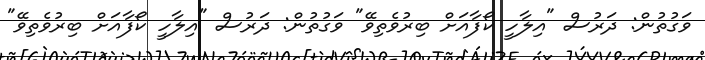
ވަގުތުން: ދަރުސް "އިލާހީ ކޯފާއަށް ބިރުވެތިވޭ" ވަގުތުން: ދަރުސް "އިލާހީ ކޯފާއަށް ބިރުވެތިވޭ"